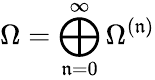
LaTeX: \Omega=\bigoplus_{\mathfrak{n}=0}^{\infty}\Omega^{(\mathfrak{n})}